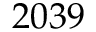
2 0 3 9